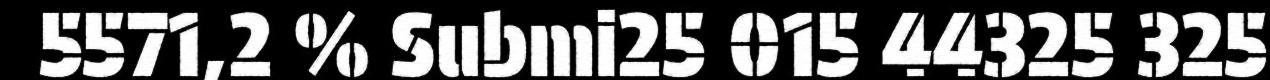
5571,2 % Submi25 015 44325 325